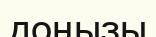
доңызы